Civil Veterinary Department. United Provinces 1912-22 - 1912-1922
Year: 1912
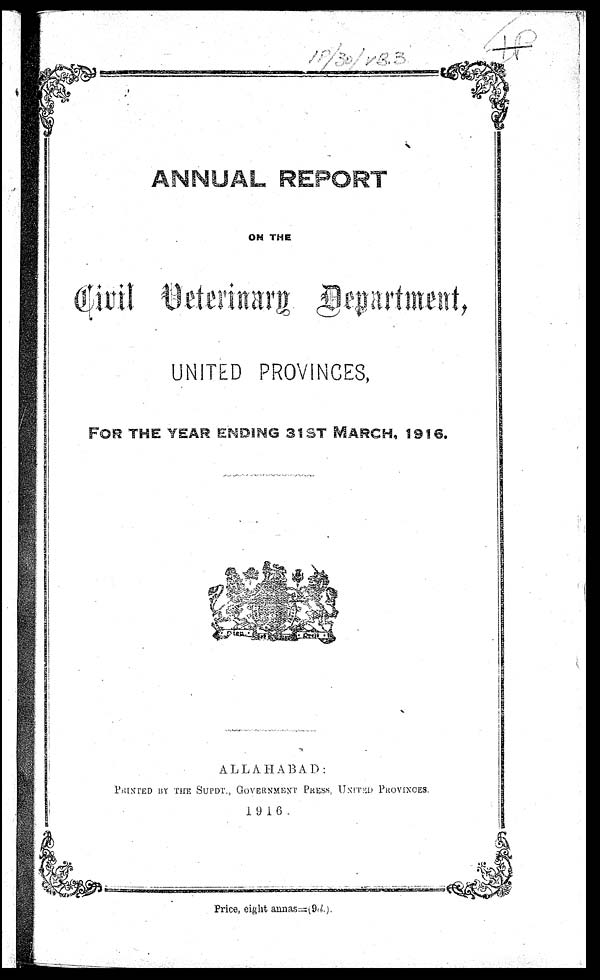
ANNUAL REPORT
ON THE
Civil Veterinary Department,
UNITED PROVINCES,
FOR THE YEAR ENDING 31ST MARCH, 1916.
A L L A H A B A D :
PRINTED BY THE SUPDT.,
GOVERNMENT
PRESS.
UNITED
PROVINCES.
1 9 1 6
Price, eight annas = (9d.).